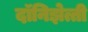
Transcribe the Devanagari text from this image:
दॉनिझेत्ती